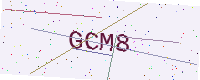
Text: GCM8